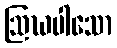
ဩဃပါသော